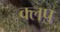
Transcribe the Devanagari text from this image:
क्लप